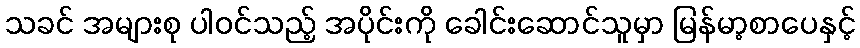
သခင် အများစု ပါဝင်သည့် အပိုင်းကို ခေါင်းဆောင်သူမှာ မြန်မာ့စာပေနှင့်